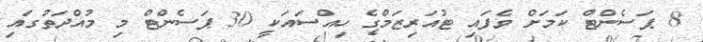
8 ޕަސެންޓް ކަމަށް ވެފައި ޓުއަރިޒަމްގެ ހިއްސައަކީ 30 ޕަސެންޓް މި މުއްދަތުގައި